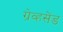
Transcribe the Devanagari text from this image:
ग्रेव्हसेंड